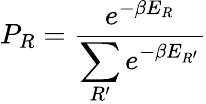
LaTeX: P_{R}={\frac{e^{-\beta E_{R}}}{\displaystyle\sum_{R^{\prime}}e^{-\beta E_{R^{\prime}}}}}